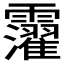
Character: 𩆸